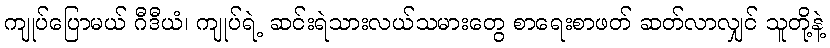
ကျုပ်ပြောမယ် ဂီဒီယံ၊ ကျုပ်ရဲ့ ဆင်းရဲသားလယ်သမားတွေ စာရေးစာဖတ် ဆတ်လာလျှင် သူတို့နဲ့